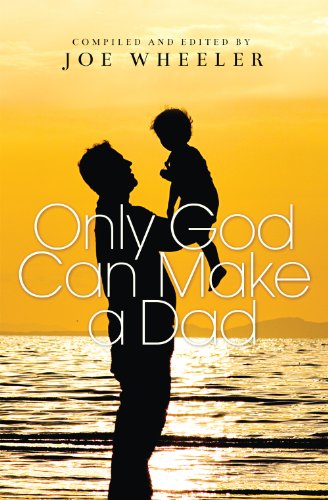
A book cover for Only God Can Make A Dad; Christian Books & Bibles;